Assam Mental Hospital (Tezpur, India) - 1933-1948
Year: 1933
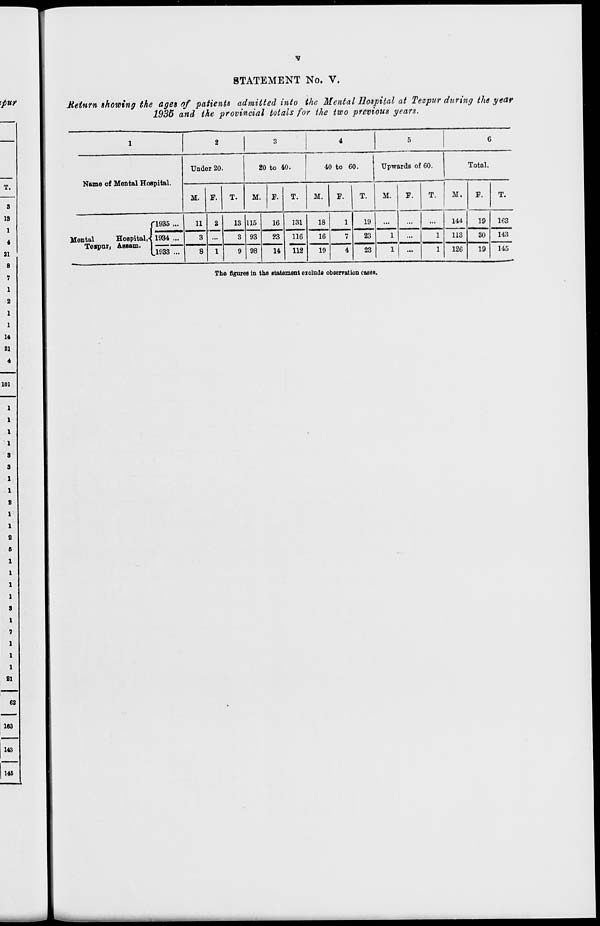
v
STATEMENT No. V.
Return showing the ages of patients admitted into the Mental Hospital at Tezpur during the year
1935 and the provincial totals for the two previous years.
1
Name of Mental Hospital.
Mental
Hospital,
Tezpur, Assam.
1935 ...
1934 ...
1933 ...
2
Under 20.
M.
11
3
8
F.
2
...
1
T.
13
3
9
3
20 to 40.
M.
115
93
98
F.
16
23
14
T.
131
116
112
4
40 to 60.
M.
18
16
19
F.
1
7
4
T.
19
23
23
5
Upwards of 60.
M.
...
1
1
F.
...
...
...
T.
...
1
1
6
Total.
M.
144
113
126
F.
19
30
19
T.
163
143
145
The figures in the statement exclude observation cases.